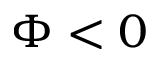
\Phi < 0